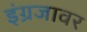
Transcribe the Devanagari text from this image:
इंग्रजावर